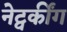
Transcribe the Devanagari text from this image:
नेट्वर्कींग